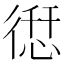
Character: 𢕆